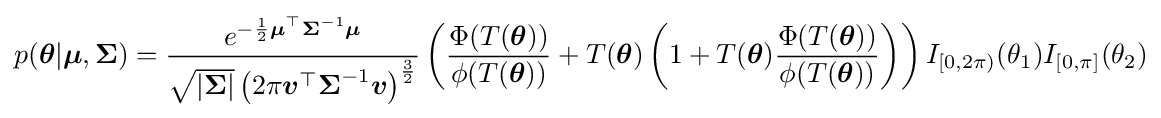
p({\boldsymbol {\theta }}|{\boldsymbol {\mu }},{\boldsymbol {\Sigma }})={\frac {e^{-{\frac {1}{2}}{\boldsymbol {\mu }}^{\top }{\boldsymbol {\Sigma }}^{-1}{\boldsymbol {\mu }}}}{{\sqrt {|{\boldsymbol {\Sigma }}|}}\left(2\pi {\boldsymbol {v}}^{\top }{\boldsymbol {\Sigma }}^{-1}{\boldsymbol {v}}\right)^{\frac {3}{2}}}}\left({\frac {\Phi (T({\boldsymbol {\theta }}))}{\phi (T({\boldsymbol {\theta }}))}}+T({\boldsymbol {\theta }})\left(1+T({\boldsymbol {\theta }}){\frac {\Phi (T({\boldsymbol {\theta }}))}{\phi (T({\boldsymbol {\theta }}))}}\right)\right)I_{[0,2\pi )}(\theta _{1})I_{[0,\pi ]}(\theta _{2})